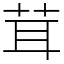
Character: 茸